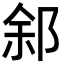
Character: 䣄